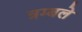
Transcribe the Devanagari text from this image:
त्रम्बले